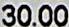
30.00